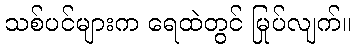
သစ်ပင်များက ရေထဲတွင် မြုပ်လျက်။